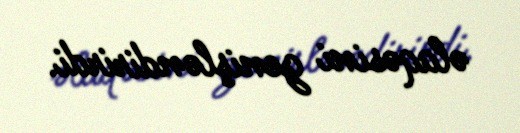
əlaqəsini genişləndirirdi.